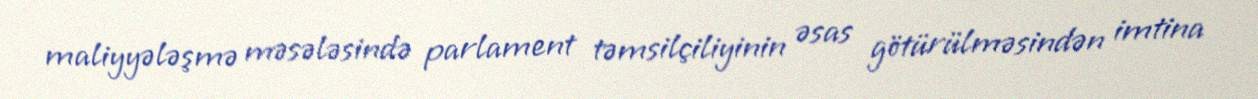
maliyyələşmə məsələsində parlament təmsilçiliyinin əsas götürülməsindən imtina